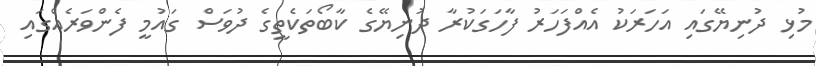
މުޅި ދުނިޔޭގައި އަހަރަކު އެއްފަހަރު ފާހަގަކުރާ ދުނިޔޭގެ ކާބޯތަކެތީގެ ދުވަސް ގައުމީ ފެންވަރެއްގައި